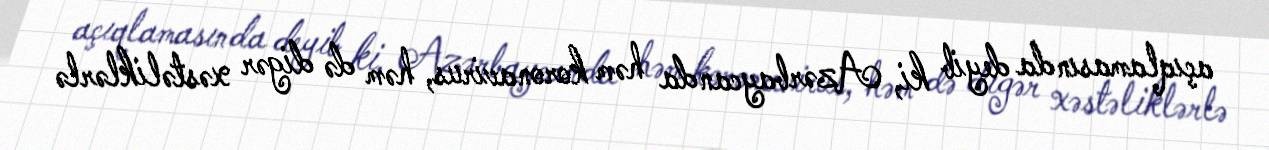
açıqlamasında deyib ki, Azərbaycanda həm koronavirus, həm də digər xəstəliklərlə